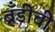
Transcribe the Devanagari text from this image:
ब्रँडीची